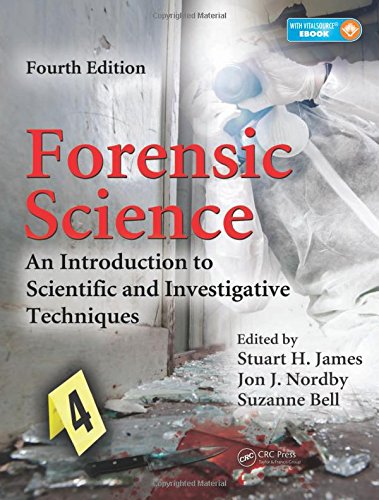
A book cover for Forensic Science: An Introduction to Scientific and Investigative Techniques, Fourth Edition; Medical Books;